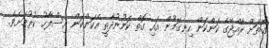
ގޮތަށް ރާއްޖޭގެ ކަންކަން ހިނގަމުން އައި ގޮތް ކަމުނުދާތީ އެކަންކަން އިސްލާހު ކުރުމަށެވެ.